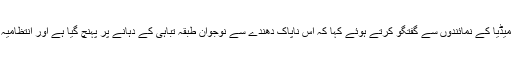
اس حوالے سے یاسین کے عمائدن نے میڈیا کے نمائندوں سے گفتگو کرتے ہوئے کہا کہ اس ناپاک دھندے سے نوجوان طبقہ تباہی کے دہانے پر پہنچ گیا ہے اور انتظامیہ کی مجرمانہ خاموشی قابل مذمت ہے ۔